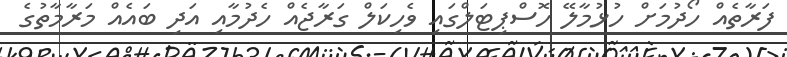
ފަރާތެއް ހޯދުމަށް ހުޅުމާލޭ ހޮސްޕިޓަލްގައި ވެހިކަލް ގަރާޖެއް ހެދުމާއި އަދި ބައެއް މަރާމާތުގެ